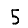
Digit: 5